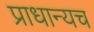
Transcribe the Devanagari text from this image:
प्राधान्यच